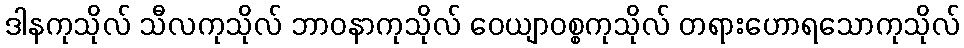
ဒါနကုသိုလ် သီလကုသိုလ် ဘာဝနာကုသိုလ် ဝေယျာဝစ္စကုသိုလ် တရားဟောရသောကုသိုလ်